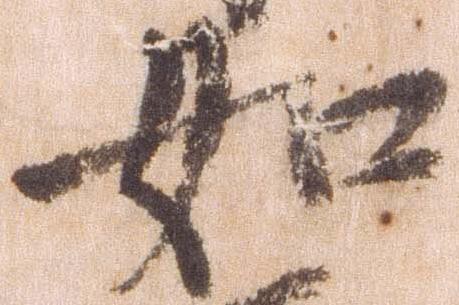
如